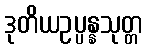
ဒုတိယဥပ္ပန္နသုတ္တ